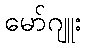
မော်ဂျူး